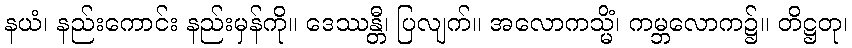
နယံ၊ နည်းကောင်း နည်းမှန်ကို။ ဒေဿန္တီ၊ ပြလျက်။ အလောကသ္မိံ၊ ကမ္ဘလောက၌။ တိဋ္ဌတု၊